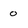
Character: 0